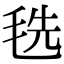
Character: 毨